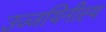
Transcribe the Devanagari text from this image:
उज्जयिनीस्थ